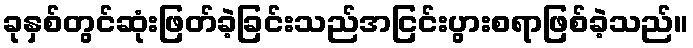
ခုနှစ်တွင်ဆုံးဖြတ်ခဲ့ခြင်းသည်အငြင်းပွားစရာဖြစ်ခဲ့သည်။